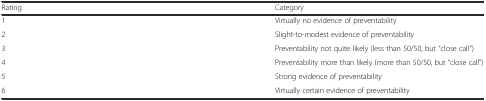
<table><thead><tr><td><b>Rating</b></td><td><b>Category</b></td></tr></thead><tbody><tr><td>1 </td><td>Virtually no evidence of preventability</td></tr><tr><td>2</td><td>Slight-to-modest evidence of preventability</td></tr><tr><td>3</td><td>Preventability not quite likely (less than 50/50, but “close call”)</td></tr><tr><td>4</td><td>Preventability more than likely (more than 50/50, but “close call”)</td></tr><tr><td>5</td><td>Strong evidence of preventability</td></tr><tr><td>6</td><td>Virtually certain evidence of preventability</td></tr></tbody></table>